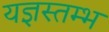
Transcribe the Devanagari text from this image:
यज्ञस्तम्भ